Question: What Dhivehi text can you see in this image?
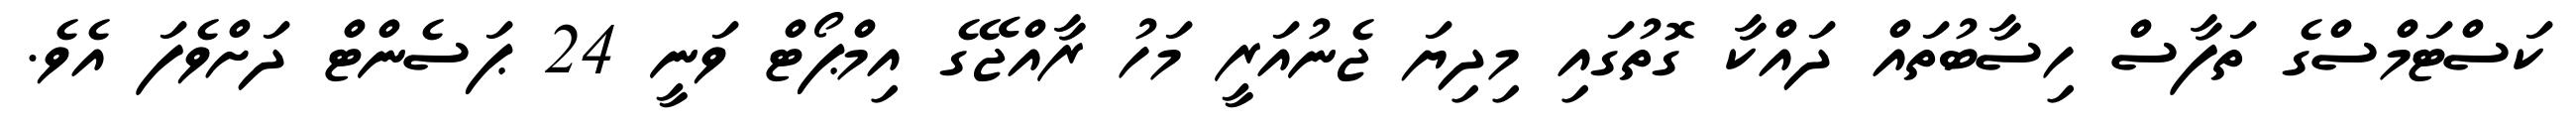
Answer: ކަސްޓަމްސްގެ ތަފާސް ހިސާބުތައް ދައްކާ ގޮތުގައި މިދިޔަ ޖެނުއަރީ މަހު ރާއްޖޭގެ އިމްޕޯޓް ވަނީ 24 ޕަސެންޓް ދަށްވެފަ އެވެ.